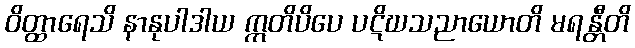
ဝိတ္ထာရေသိ နာနုပါဒါယ ဣတိပိပေ ပဋိဃသညာယောတိ မရန္တီတိ